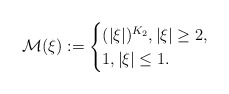
\begin{align*}\mathcal{M}(\xi):=\begin{cases}(|\xi|)^{K_{2}}, |\xi|\geq 2,\\1, |\xi|\leq 1.\end{cases}\end{align*}